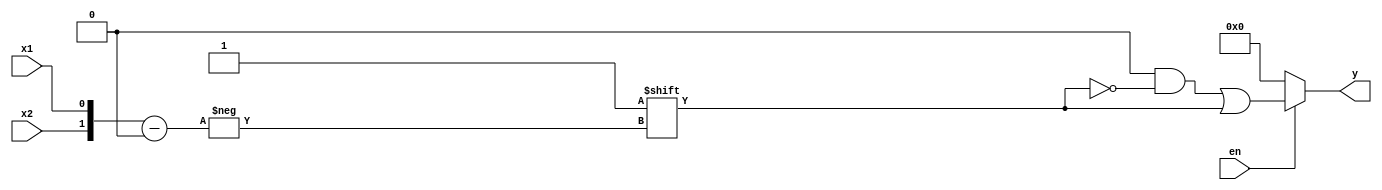
module decoder_2x4 (
  input x1 ,x2, en,
  output reg [3:0] y  
  );
always @ (x1,x2)
begin 
  y=4'b0000;
  if (en)

y[{x2,x1}]=1'b1;  
  /*
  if(x1==0 && x2==0)
  y[0] = 1'b1;
  else if(x1==1 && x2==0)
    y[1] = 1'b1;
  else if(x1==0 && x2==1)
  y[2] = 1'b1;
   else if(x1==1 && x2==1)
  y[3] = 1'b1;
  else
    y=4'b0000;
    */
/*
    casex(x1)
0:casex(x2)
0:y=4'b1000;
1:y=4'b0100;
default:y=4'b0000;
endcase
1:casex(x2)
0:y=4'b0010;
1:y=4'b0001;
default:y=4'b0000;
endcase
default:y=4'b0000;
endcase
*/
else
    y=4'b0000;

end
endmodule